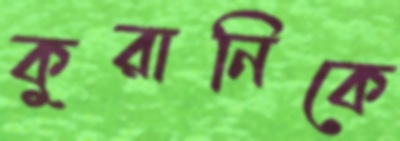
কুরানিকে